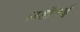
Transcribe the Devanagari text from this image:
लडॉ॰ई